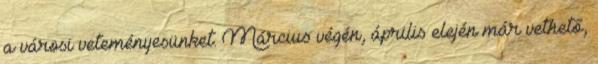
a városi veteményesünket. Március végén, április elején már vethető,